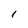
Character: 1